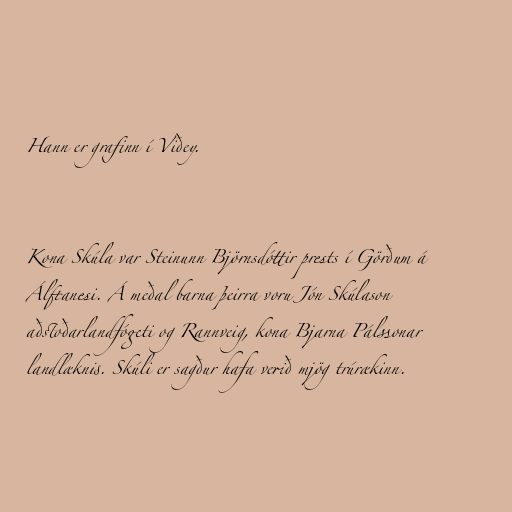
Hann er grafinn í Viðey.

Kona Skúla var Steinunn Björnsdóttir prests í Görðum á
Álftanesi. Á meðal barna þeirra voru Jón Skúlason
aðstoðarlandfógeti og Rannveig, kona Bjarna Pálssonar
landlæknis. Skúli er sagður hafa verið mjög trúrækinn.